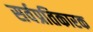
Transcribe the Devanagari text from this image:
सर्वप्रतिकारक